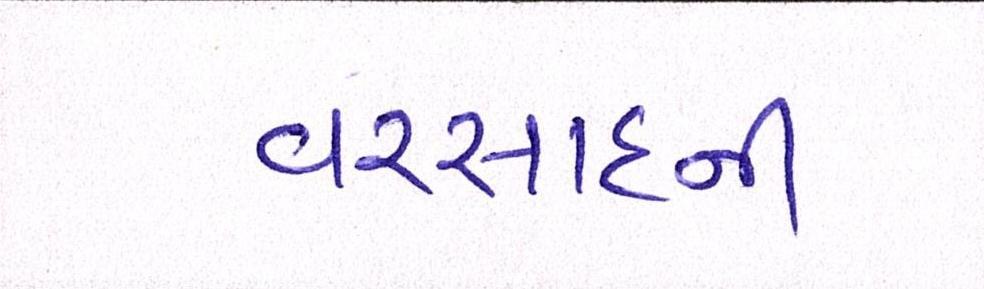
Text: વરસાદની